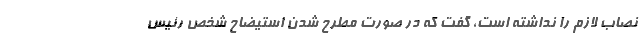
نصاب لازم را نداشته است، گفت که در صورت مطرح شدن استیضاح شخص رئیس